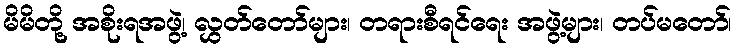
မိမိတို့ အစိုးရအဖွဲ့၊ လွှတ်တော်များ၊ တရားစီရင်ရေး အဖွဲ့များ၊ တပ်မတော်၊